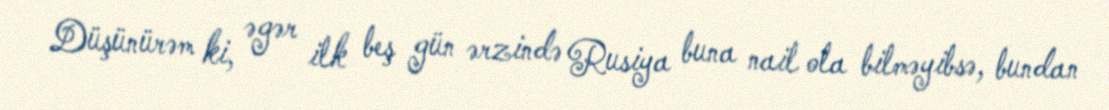
Düşünürəm ki, əgər ilk beş gün ərzində Rusiya buna nail ola bilməyibsə, bundan